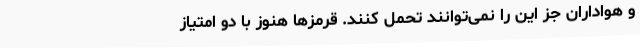
و هواداران جز این را نمی‌توانند تحمل کنند. قرمزها هنوز با دو امتیاز